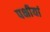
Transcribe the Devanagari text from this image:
पक्षीयां